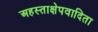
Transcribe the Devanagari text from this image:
अहस्ताक्षेपवादिता